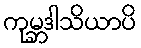
ကုမ္ဘဒါသိယာပိ